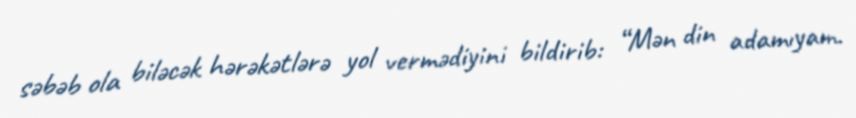
səbəb ola biləcək hərəkətlərə yol vermədiyini bildirib: “Mən din adamıyam.